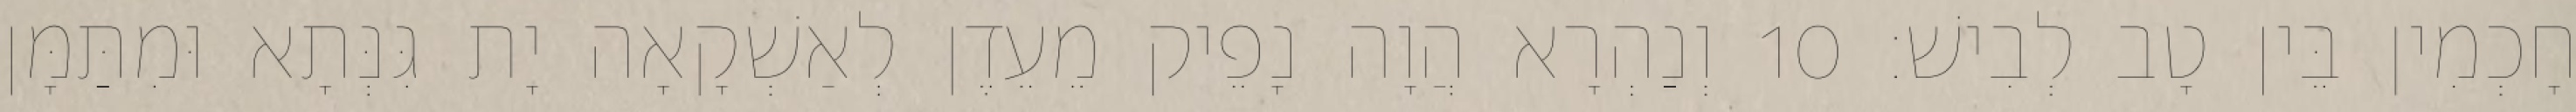
חָכְמִין בֵּין טָב לְבִישׁ׃ 10 וְנַהְרָא הֲוָה נָפֵיק מֵעֵדֶן לְאַשְׁקָאָה יָת גִּנְּתָא וּמִתַּמָּן